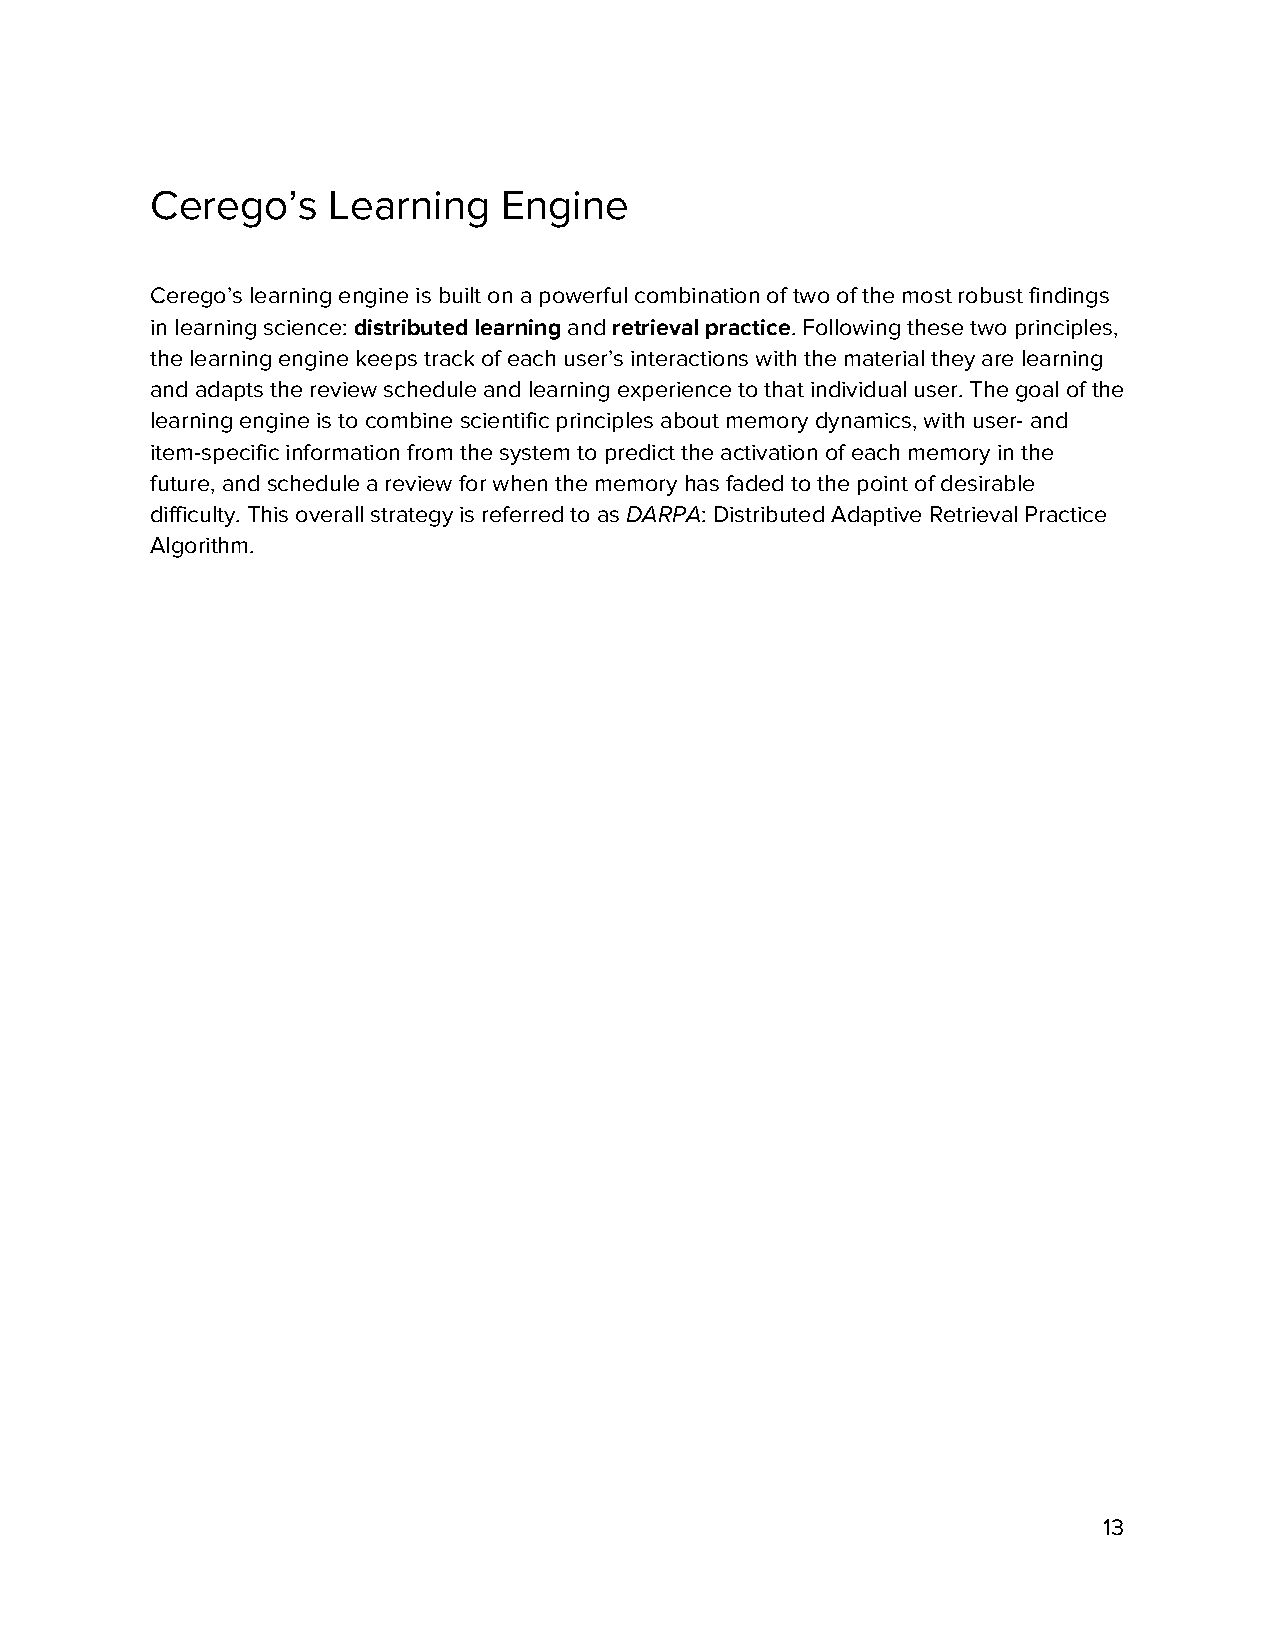
Cerego’s    Learning   Engine
 Cerego’s learning engine is built on a powerful combination of two of the most robust findings
 in learning science: distributed learning and retrieval practice. Following these two principles,
 ​              ​ ​           ​
 the learning engine keeps track of each user’s interactions with the material they are learning
 and adapts the review schedule and learning experience to that individual user. The goal of the
 learning engine is to combine scientific principles about memory dynamics, with user- and
 item-specific information from the system to predict the activation of each memory in the
 future, and schedule a review for when the memory has faded to the point of desirable
 difficulty. This overall strategy is referred to as DARPA: Distributed Adaptive Retrieval Practice
 ​    ​
 Algorithm.
 13